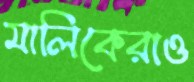
মালিকেরাও